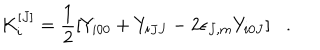
K _ { i } ^ { [ J ] } = \frac { 1 } { 2 } [ Y _ { i 0 0 } + Y _ { i J J } - 2 \epsilon _ { J , m } Y _ { i 0 J } ] .